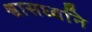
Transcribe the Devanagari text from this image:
श्वासध्वनि